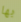
بها